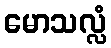
မောသလ္လံ